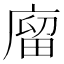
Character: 廇